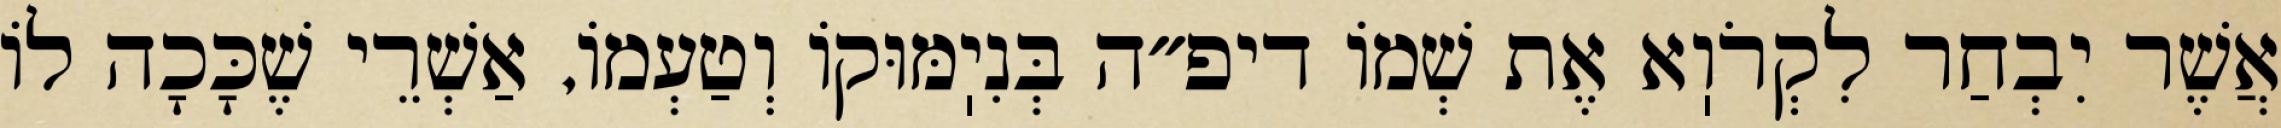
אֲשֶׁר יִבְחַר לִקְרֹוֽא אֶת שְׁמוֹ דיפ״ה בְּנִיֽמּוּקוֹ וְטַעְמוֹ, אַשְׁרֵי שֶׁכָּכָה לוֹ